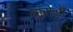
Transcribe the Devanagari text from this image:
मारोड़ी